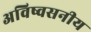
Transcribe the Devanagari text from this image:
अविष्वसनीय